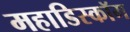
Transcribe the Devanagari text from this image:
महाडिस्कॉम